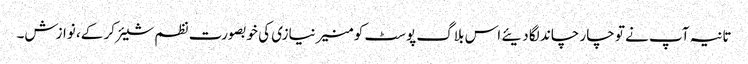
تانیہ آپ نے تو چار چاند لگا دیئے اس بلاگ پوسٹ کو منیر نیازی کی خوبصورت نظم شیئر کر کے، نوازش۔